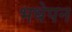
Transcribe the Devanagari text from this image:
भधेपन